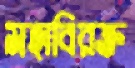
মহাবিরক্ত